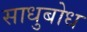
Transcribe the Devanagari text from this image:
साधुबोध